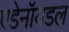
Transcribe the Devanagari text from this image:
एडेनॉयडल